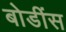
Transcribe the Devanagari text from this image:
बोडींस